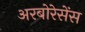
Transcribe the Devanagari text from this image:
अरबोरेसेंस